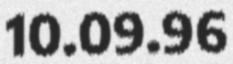
10.09.96